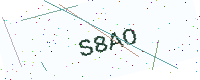
Text: S8AO